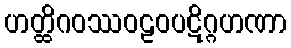
ဟတ္ထိဂဝဿဝဠဝပဋိဂ္ဂဟဏာ